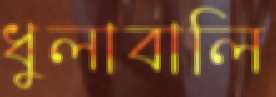
ধুলাবালি